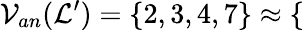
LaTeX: \mathcal{V}_{an}(\mathcal{L}^{\prime})=\{ 2,3,4,7\} \approx\{